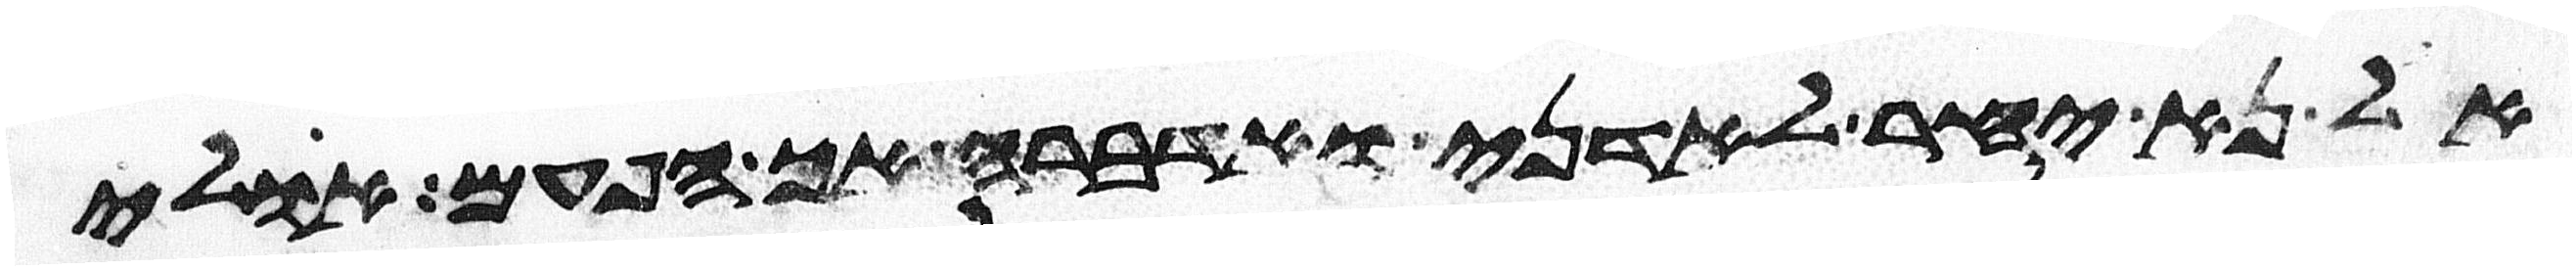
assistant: אל נא יחר לאדני ואדברה אך הפעם אולי